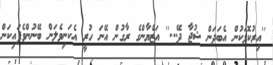
''އިރުކޮޅަކުން އެބަދަން ޝުޖާ ދޭ...'' އަޒްޔާންގެ ރާގުން އޭނަ ހުރީ އެކަނިވެލަން ބޭނުންވެފައިކަން